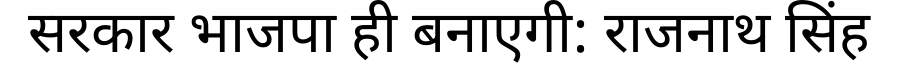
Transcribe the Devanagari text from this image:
सरकार भाजपा ही बनाएगी: राजनाथ सिंह